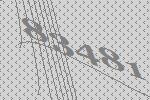
83481